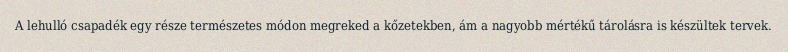
A lehulló csapadék egy része természetes módon megreked a kőzetekben, ám a nagyobb mértékű tárolásra is készültek tervek.